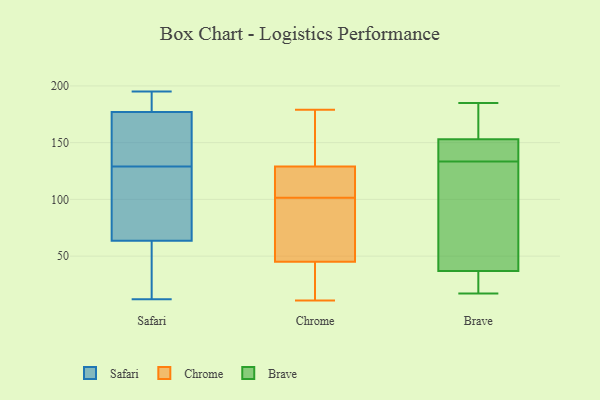
{"axis": {"x": "Net Income (USD K)", "y": "Value"}, "legend": ["Brave", "Chrome", "Safari"], "data": [{"x": "", "y": 150, "type": "Safari"}, {"x": "", "y": 12, "type": "Safari"}, {"x": "", "y": 194, "type": "Safari"}, {"x": "", "y": 33, "type": "Safari"}, {"x": "", "y": 115, "type": "Safari"}, {"x": "", "y": 39, "type": "Safari"}, {"x": "", "y": 179, "type": "Safari"}, {"x": "", "y": 175, "type": "Safari"}, {"x": "", "y": 195, "type": "Safari"}, {"x": "", "y": 88, "type": "Safari"}, {"x": "", "y": 138, "type": "Safari"}, {"x": "", "y": 120, "type": "Safari"}, {"x": "", "y": 154, "type": "Chrome"}, {"x": "", "y": 70, "type": "Chrome"}, {"x": "", "y": 140, "type": "Chrome"}, {"x": "", "y": 28, "type": "Chrome"}, {"x": "", "y": 18, "type": "Chrome"}, {"x": "", "y": 101, "type": "Chrome"}, {"x": "", "y": 102, "type": "Chrome"}, {"x": "", "y": 126, "type": "Chrome"}, {"x": "", "y": 11, "type": "Chrome"}, {"x": "", "y": 87, "type": "Chrome"}, {"x": "", "y": 132, "type": "Chrome"}, {"x": "", "y": 15, "type": "Chrome"}, {"x": "", "y": 62, "type": "Chrome"}, {"x": "", "y": 179, "type": "Chrome"}, {"x": "", "y": 122, "type": "Chrome"}, {"x": "", "y": 126, "type": "Chrome"}, {"x": "", "y": 185, "type": "Brave"}, {"x": "", "y": 157, "type": "Brave"}, {"x": "", "y": 145, "type": "Brave"}, {"x": "", "y": 143, "type": "Brave"}, {"x": "", "y": 153, "type": "Brave"}, {"x": "", "y": 124, "type": "Brave"}, {"x": "", "y": 37, "type": "Brave"}, {"x": "", "y": 17, "type": "Brave"}, {"x": "", "y": 82, "type": "Brave"}, {"x": "", "y": 33, "type": "Brave"}]}